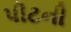
પીટની